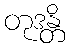
တုဒန္တိ